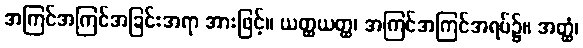
အကြင်အကြင်အခြင်းအရာ အားဖြင့်။ ယတ္ထယတ္ထ၊ အကြင်အကြင်အရပ်၌။ အတ္ထံ၊